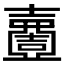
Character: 𡕍